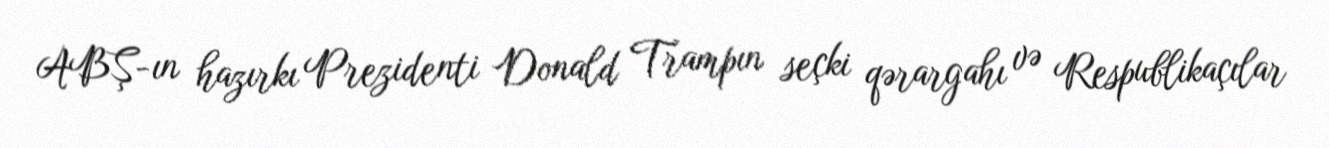
ABŞ-ın hazırkı Prezidenti Donald Trampın seçki qərargahı və Respublikaçılar